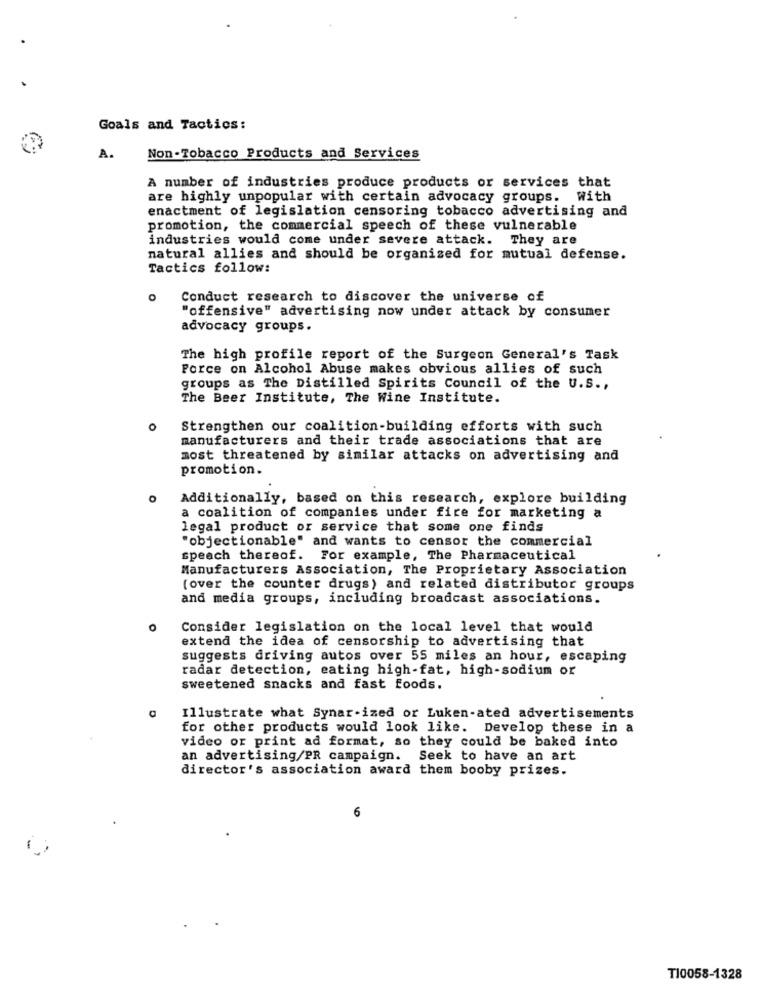
Goals and Tactics:
A.
Non-Tobacco Products and Services
A number of industries produce products or services that
are highly unpopular with certain advocacy groups. With
enactment of legislation censoring tobacco advertising and
promotion, the commercial speech of these vulnerable
industries would come under severe attack. They are
natural allies and should be organized for mutual defense.
Tactics follow:
Conduct research to discover the universe of
"offensive" advertising now under attack by consumer
advocacy groups.
The high profile report of the Surgeon General's Task
Force on Alcohol Abuse makes obvious allies of such
groups as The Distilled Spirits Council of the U.S .,
The Beer Institute, The Wine Institute.
o
Strengthen our coalition-building efforts with such
manufacturers and their trade associations that are
most threatened by similar attacks on advertising and
promotion.
Additionally, based on this research, explore building
a coalition of companies under fire for marketing a
legal product or service that some one finds
"objectionable" and wants to censor the commercial
speach thereof. For example, The Pharmaceutical
Manufacturers Association, The Proprietary Association
(over the counter drugs) and related distributor groups
and media groups, including broadcast associations.
0
Consider legislation on the local level that would
extend the idea of censorship to advertising that
suggests driving autos over 55 miles an hour, escaping
radar detection, eating high-fat, high-sodium or
sweetened snacks and fast foods.
Illustrate what Synar-ized or Luken-ated advertisements
for other products would look like. Develop these in a
video or print ad format, so they could be baked into
an advertising/PR campaign. Seek to have an art
director's association award them booby prizes.
6
T10058-1328